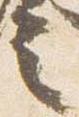
言